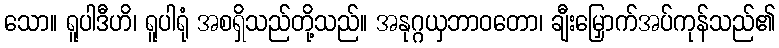
သော။ ရူပါဒီဟိ၊ ရူပါရုံ အစရှိသည်တို့သည်။ အနုဂ္ဂယှဘာဝတော၊ ချီးမြှောက်အပ်ကုန်သည်၏